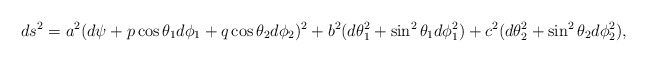
\begin{align*}ds^2=a^2(d\psi +p \cos \theta_1 d\phi_1 +q \cos \theta_2 d\phi_2)^2+ b^2 (d\theta_1^2 +\sin^2 \theta_1 d\phi_1^2) +c^2(d\theta_2^2 +\sin^2 \theta_2 d\phi_2^2),\end{align*}